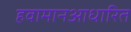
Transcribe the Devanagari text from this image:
हवामानआधारित